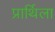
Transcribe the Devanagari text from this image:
प्रार्थिला